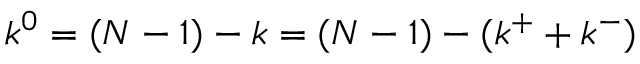
k ^ { 0 } = ( N - 1 ) - k = ( N - 1 ) - ( k ^ { + } + k ^ { - } )